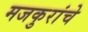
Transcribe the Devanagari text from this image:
मजकुरांचे